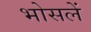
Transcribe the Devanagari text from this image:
भोसलें